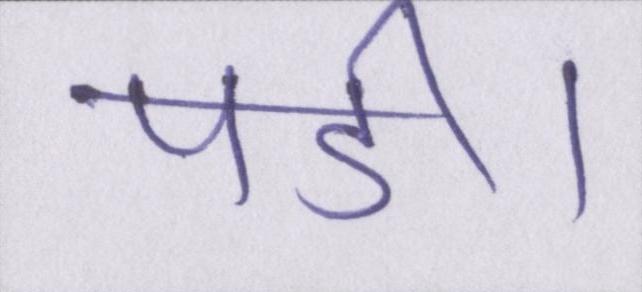
पडी।